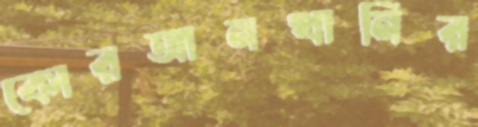
কোরআনখানির